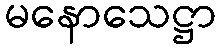
မနောသေဋ္ဌာ